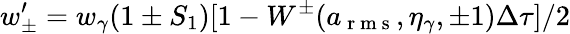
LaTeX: w_{\pm}^{\prime}=w_{\gamma}(1\pm S_{1})[1-W^{\pm}(a_{\mathrm{~r~m~s~}},\eta_{\gamma},\pm 1)\Delta\tau]/2